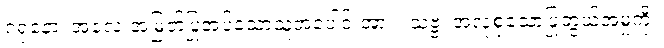
ဂရုနော၊ အလေးအမြတ်ပြုအပ်သောသူအပေါင်းအား။ သဗ္ဗံ၊ အလုံစုံသောပြုဘွယ်အမှုကို။